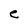
Character: e